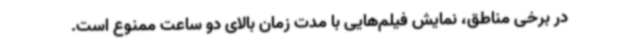
در برخی مناطق، نمایش فیلم‌هایی با مدت زمان بالای دو ساعت ممنوع است.